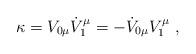
LaTeX: \begin{align*}\kappa=V_{0\mu}\dot V_{1}^{\mu}=-\dot V_{0\mu}V_{1}^{\mu}~,\end{align*}